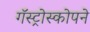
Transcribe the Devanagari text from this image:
गॅस्ट्रोस्कोपने